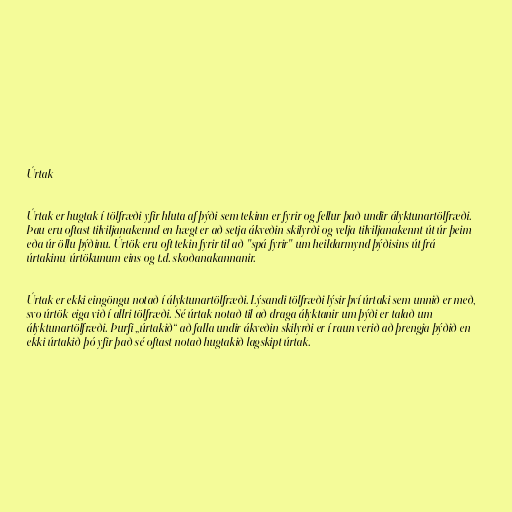
Úrtak

Úrtak er hugtak í tölfræði yfir hluta af þýði sem tekinn er fyrir og fellur það undir ályktunartölfræði.
Þau eru oftast tilviljanakennd en hægt er að setja ákveðin skilyrði og velja tilviljanakennt út úr þeim
eða úr öllu þýðinu. Úrtök eru oft tekin fyrir til að "spá fyrir" um heildarmynd þýðisins út frá
úrtakinu/úrtökunum eins og t.d. skoðanakannanir.

Úrtak er ekki eingöngu notað í ályktunartölfræði. Lýsandi tölfræði lýsir því úrtaki sem unnið er með,
svo úrtök eiga við í allri tölfræði. Sé úrtak notað til að draga ályktanir um þýði er talað um
ályktunartölfræði. Þurfi „úrtakið“ að falla undir ákveðin skilyrði er í raun verið að þrengja þýðið en
ekki úrtakið þó yfir það sé oftast notað hugtakið lagskipt úrtak.